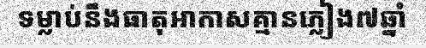
ទម្លាប់នឹងធាតុអាកាសគ្មានភ្លៀង៧ឆ្នាំ